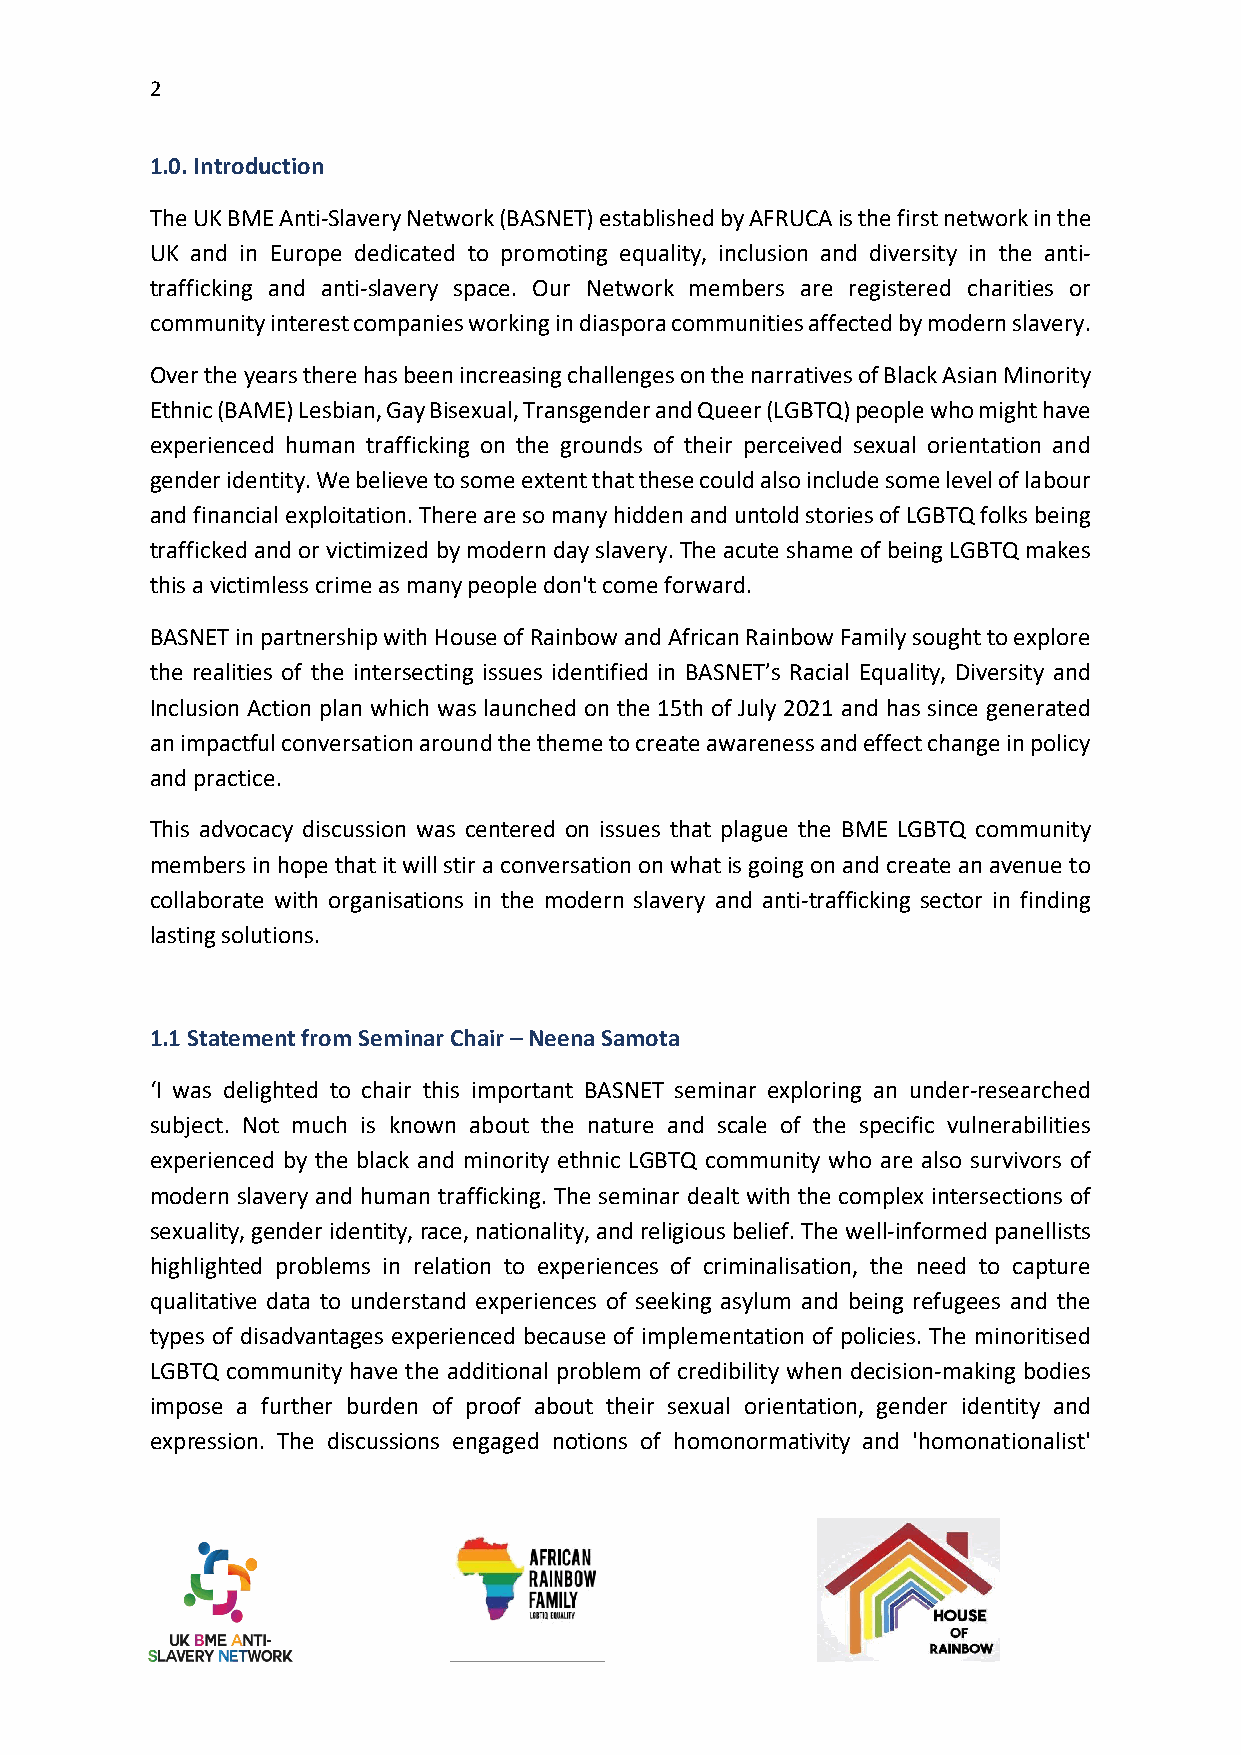
2
 1.0. Introduction
 The UK BME Anti-Slavery Network (BASNET) established by AFRUCA is the first network in the
 UK and in Europe dedicated to promoting equality, inclusion and diversity in the anti-
 trafficking and anti-slavery space. Our Network members are registered charities or
 community interest companies working in diaspora communities affected by modern slavery.
 Over the years there has been increasing challenges on the narratives of Black Asian Minority
 Ethnic (BAME) Lesbian, Gay Bisexual, Transgender and Queer (LGBTQ) people who might have
 experienced human trafficking on the grounds of their perceived sexual orientation and
 gender identity. We believe to some extent that these could also include some level of labour
 and financial exploitation. There are so many hidden and untold stories of LGBTQ folks being
 trafficked and or victimized by modern day slavery. The acute shame of being LGBTQ makes
 this a victimless crime as many people don't come forward.
 BASNET in partnership with House of Rainbow and African Rainbow Family sought to explore
 the realities of the intersecting issues identified in BASNET’s Racial Equality, Diversity and
 Inclusion Action plan which was launched on the 15th of July 2021 and has since generated
 an impactful conversation around the theme to create awareness and effect change in policy
 and practice.
 This advocacy discussion was centered on issues that plague the BME LGBTQ community
 members in hope that it will stir a conversation on what is going on and create an avenue to
 collaborate with organisations in the modern slavery and anti-trafficking sector in finding
 lasting solutions.
 1.1 Statement from Seminar Chair – Neena Samota
 ‘I was delighted to chair this important BASNET seminar exploring an under-researched
 subject. Not much is known about the nature and scale of the specific vulnerabilities
 experienced by the black and minority ethnic LGBTQ community who are also survivors of
 modern slavery and human trafficking. The seminar dealt with the complex intersections of
 sexuality, gender identity, race, nationality, and religious belief. The well-informed panellists
 highlighted problems in relation to experiences of criminalisation, the need to capture
 qualitative data to understand experiences of seeking asylum and being refugees and the
 types of disadvantages experienced because of implementation of policies. The minoritised
 LGBTQ community have the additional problem of credibility when decision-making bodies
 impose a further burden of proof about their sexual orientation, gender identity and
 expression. The discussions engaged notions of homonormativity and 'homonationalist'